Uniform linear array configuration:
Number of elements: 24
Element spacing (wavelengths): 0.25
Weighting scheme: exponential
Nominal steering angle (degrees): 15
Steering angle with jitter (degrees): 14.577
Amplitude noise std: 0.05
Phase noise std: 0.05

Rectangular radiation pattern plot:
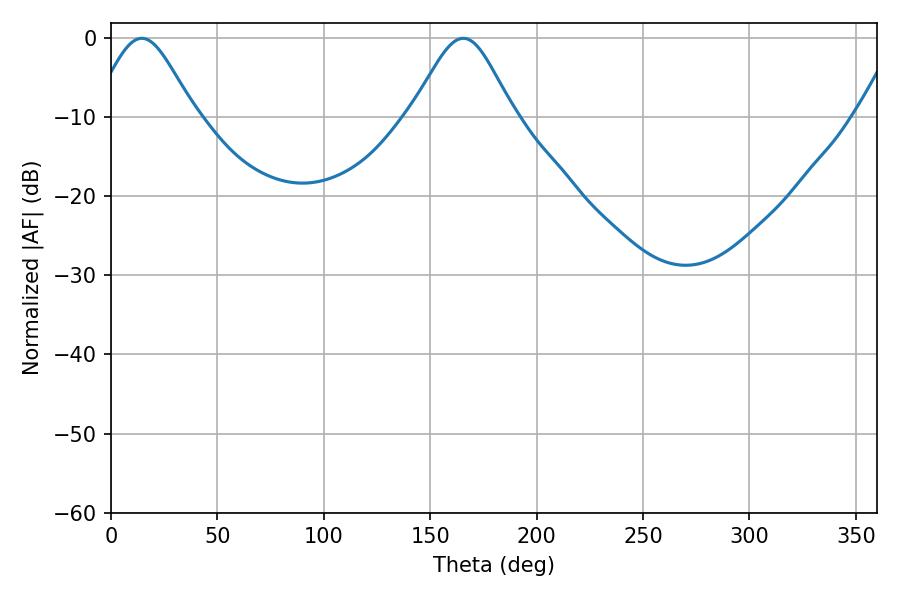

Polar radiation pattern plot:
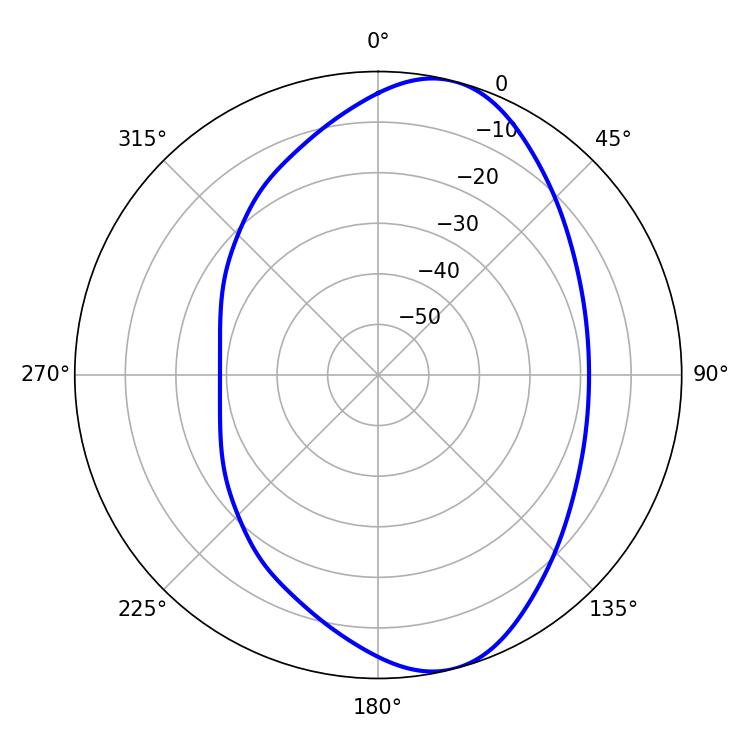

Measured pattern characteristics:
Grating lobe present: FALSE
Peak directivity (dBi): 8.79
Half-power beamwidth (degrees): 23.94
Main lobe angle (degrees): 14.4